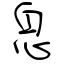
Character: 息